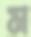
ম